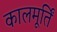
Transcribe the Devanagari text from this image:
कालमूर्तिं